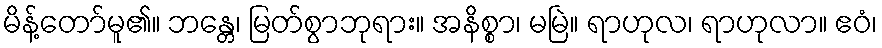
မိန့်တော်မူ၏။ ဘန္တေ၊ မြတ်စွာဘုရား။ အနိစ္စာ၊ မမြဲ။ ရာဟုလ၊ ရာဟုလာ။ ဧဝံ၊